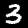
Digit: 3